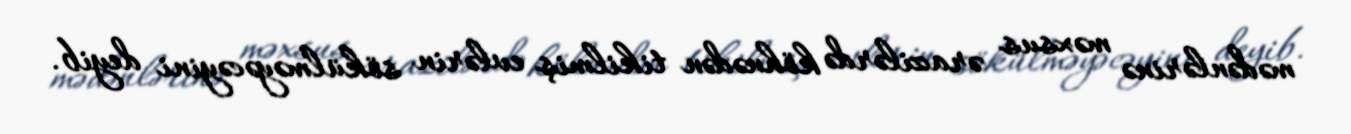
mədənlərinə məxsus ərazilərdə köhnədən tikilmiş evlərin sökülməyəcəyini deyib.